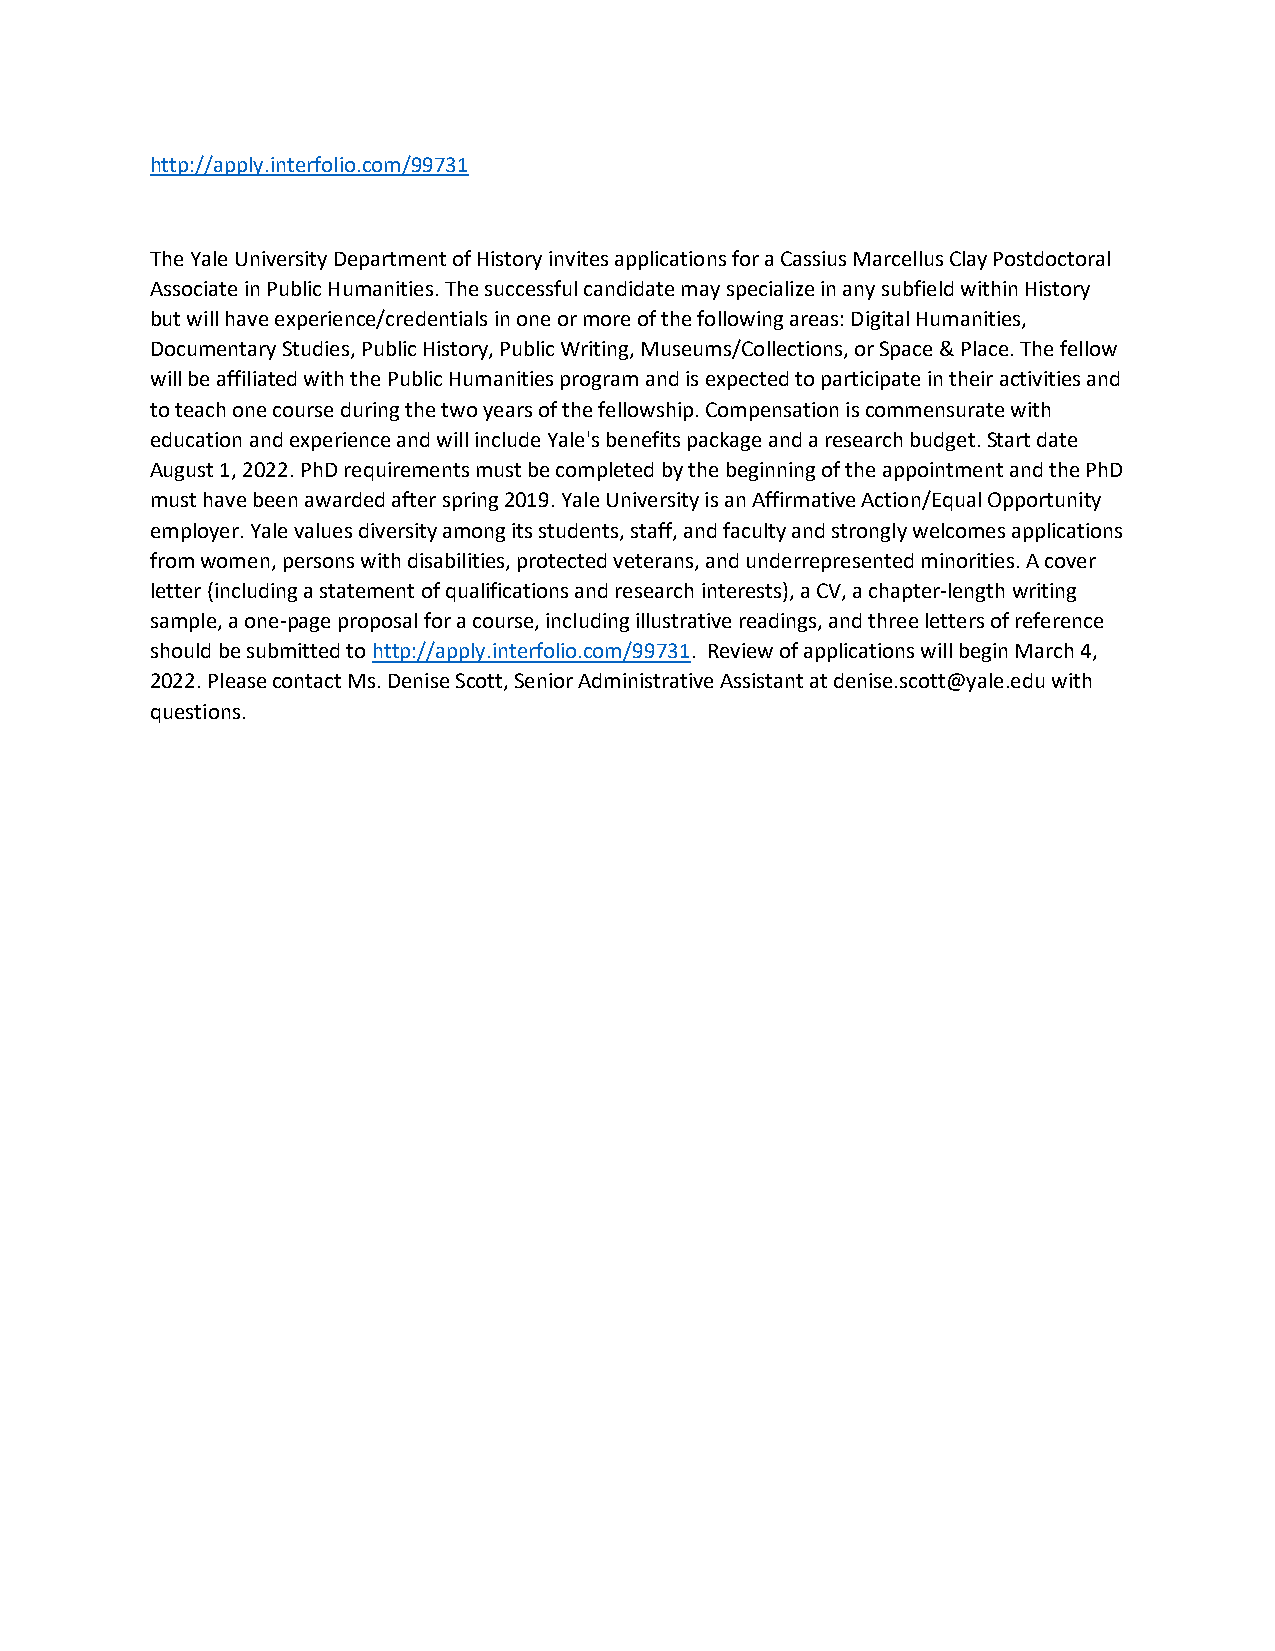
http://apply.interfolio.com/99731
 The Yale University Department of History invites applications for a Cassius Marcellus Clay Postdoctoral
 Associate in Public Humanities. The successful candidate may specialize in any subfield within History
 but will have experience/credentials in one or more of the following areas: Digital Humanities,
 Documentary Studies, Public History, Public Writing, Museums/Collections, or Space & Place. The fellow
 will be affiliated with the Public Humanities program and is expected to participate in their activities and
 to teach one course during the two years of the fellowship. Compensation is commensurate with
 education and experience and will include Yale's benefits package and a research budget. Start date
 August 1, 2022. PhD requirements must be completed by the beginning of the appointment and the PhD
 must have been awarded after spring 2019. Yale University is an Affirmative Action/Equal Opportunity
 employer. Yale values diversity among its students, staff, and faculty and strongly welcomes applications
 from women, persons with disabilities, protected veterans, and underrepresented minorities. A cover
 letter (including a statement of qualifications and research interests), a CV, a chapter-length writing
 sample, a one-page proposal for a course, including illustrative readings, and three letters of reference
 should be submitted to http://apply.interfolio.com/99731. Review of applications will begin March 4,
 2022. Please contact Ms. Denise Scott, Senior Administrative Assistant at denise.scott@yale.edu with
 questions.